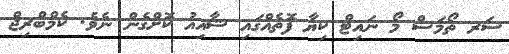
ސަރ ތޯމަސް މޯ ނައިޓް ކިޔާ ފޮތެއްގައި ޝާއިއު ކޮށްގެން ނެވެ. ކެމްބްރިޖް